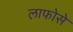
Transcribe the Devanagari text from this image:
लाफोसे